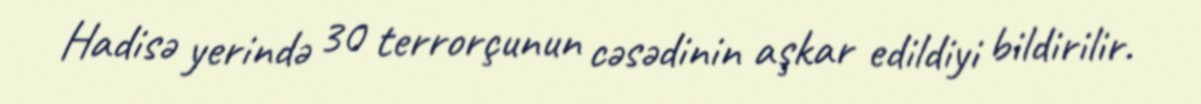
Hadisə yerində 30 terrorçunun cəsədinin aşkar edildiyi bildirilir.